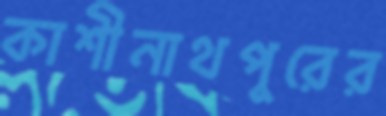
কাশীনাথপুরের